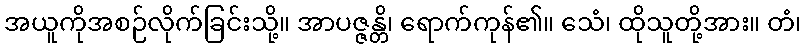
အယူကိုအစဉ်လိုက်ခြင်းသို့။ အာပဇ္ဇန္တိ၊ ရောက်ကုန်၏။ သေံ၊ ထိုသူတို့အား။ တံ၊